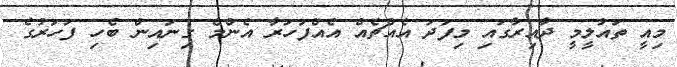
މިއީ ތައުލީމީ ދާއިރާގައި މިފަދަ އެއްޗެއް އެއްފަހަރާ އެންމެ ގިނައިން ބެހި ފަހަރުގެ